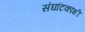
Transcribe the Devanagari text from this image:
संघटिकांशी